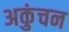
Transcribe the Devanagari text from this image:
अकुंचन